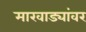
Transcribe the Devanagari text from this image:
मारवाड्यांवर